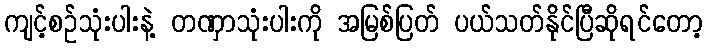
ကျင့်စဉ်သုံးပါးနဲ့ တဏှာသုံးပါးကို အမြစ်ပြတ် ပယ်သတ်နိုင်ပြီဆိုရင်တော့